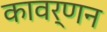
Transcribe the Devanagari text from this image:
कावर्णन